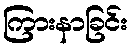
ကြားနာခြင်း